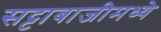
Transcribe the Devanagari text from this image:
सट्टाबाजीमध्ये